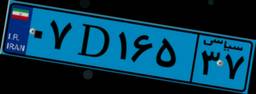
۸۹D۵۰۰۴۰